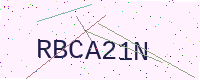
Text: RBCA21N